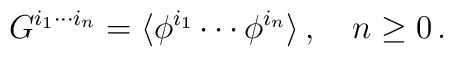
G^{i_1\cdots i_n}= \langle\phi^{i_1}\cdots\phi^{i_n}\rangle\,, \quad n\geq 0\,.